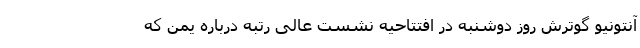
آنتونیو گوترش روز دوشنبه در افتتاحیه نشست عالی رتبه درباره یمن که